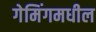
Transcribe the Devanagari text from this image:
गेमिंगमधील